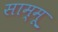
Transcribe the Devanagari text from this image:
साम्मू